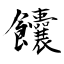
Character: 饢